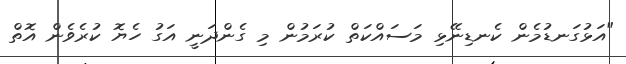
"އަޅުގަނޑުމެން ކެނޑިނޭޅި މަސައްކަތް ކުރަމުން މި ގެންދަނީ އަގު ހެޔޮ ކުރެވެން އޮތް